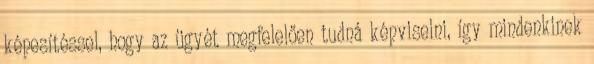
képesítéssel, hogy az ügyét megfelelően tudná képviselni, így mindenkinek